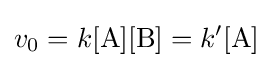
v_{0}=k[{\ce {A}}][{\ce {B}}]=k'[{\ce {A}}]